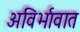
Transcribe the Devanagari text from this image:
अविर्भावात